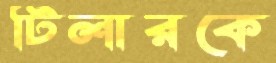
টিলারকে